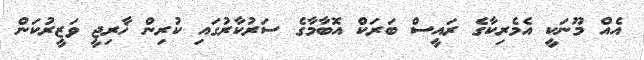
އެއް މޫނަކީ އެމެރިކާގެ ރައީސް ބަރަކް އޮބާމާގެ ސަރުކާރުގައި ކުރިން ޚާރިޖީ ވަޒީރުކަން